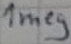
Text: 1meg